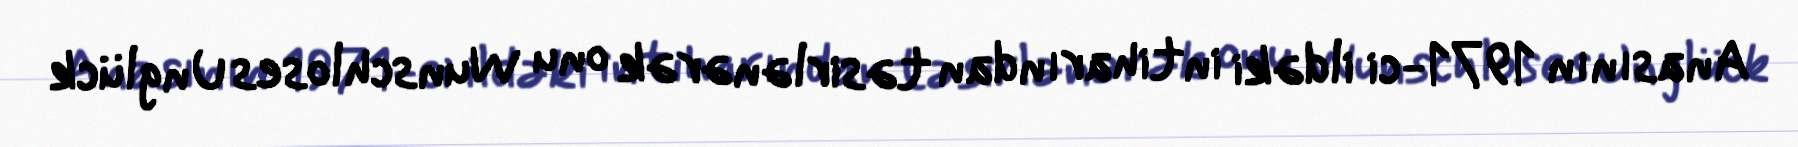
Anasının 1971-ci ildəki intiharından təsirlənərək onu Wunschloses Unglück